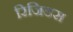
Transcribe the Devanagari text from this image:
रिजिडस